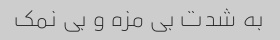
به شدت بی مزه و بی نمک